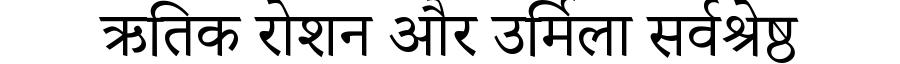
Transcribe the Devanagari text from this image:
ऋतिक रोशन और उर्मिला सर्वश्रेष्ठ